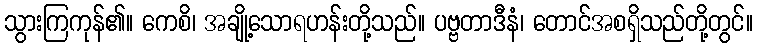
သွားကြကုန်၏။ ကေစိ၊ အချို့သောရဟန်းတို့သည်။ ပဗ္ဗတာဒီနံ၊ တောင်အစရှိသည်တို့တွင်။